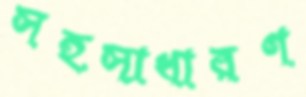
সহসাধারণ